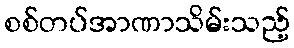
စစ်တပ်အာဏာသိမ်းသည့်